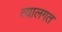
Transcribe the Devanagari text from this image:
त्यालगत